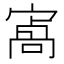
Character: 𡪝